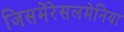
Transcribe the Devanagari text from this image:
जिसमेंरेसलमेनिया